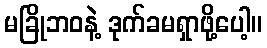
မခြိုဘဝနဲ့ ဒုက်ခမရှာဖို့ပေါ့။